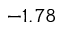
- 1 . 7 8